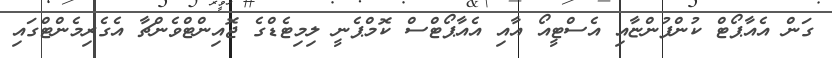
ގަން އެއާޕޯޓް ކުންފުންޏާއި އެސްޓީއޯ އާއި އެއާޕޯޓްސް ކޮމްޕެނީ ލިމިޓެޑްގެ ޖޮއިންޓްވެންޗާ އެގެރިމެންޓްގައި